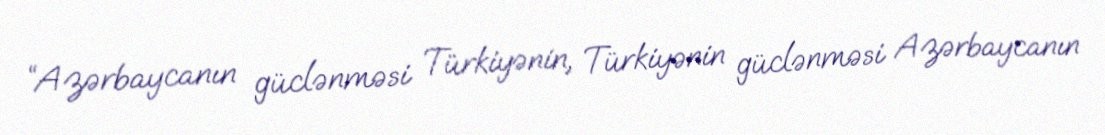
“Azərbaycanın güclənməsi Türkiyənin, Türkiyənin güclənməsi Azərbaycanın